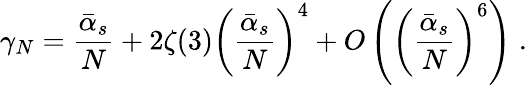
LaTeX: \gamma_{N}=\frac{{\bar{\alpha}}_{s}}{N}+2\zeta(3)\left(\frac{{\bar{\alpha}}_{s}}{N}\right)^{4}+O\left(\left(\frac{{\bar{\alpha}}_{s}}{N}\right)^{6}\right)\; .